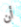
أن